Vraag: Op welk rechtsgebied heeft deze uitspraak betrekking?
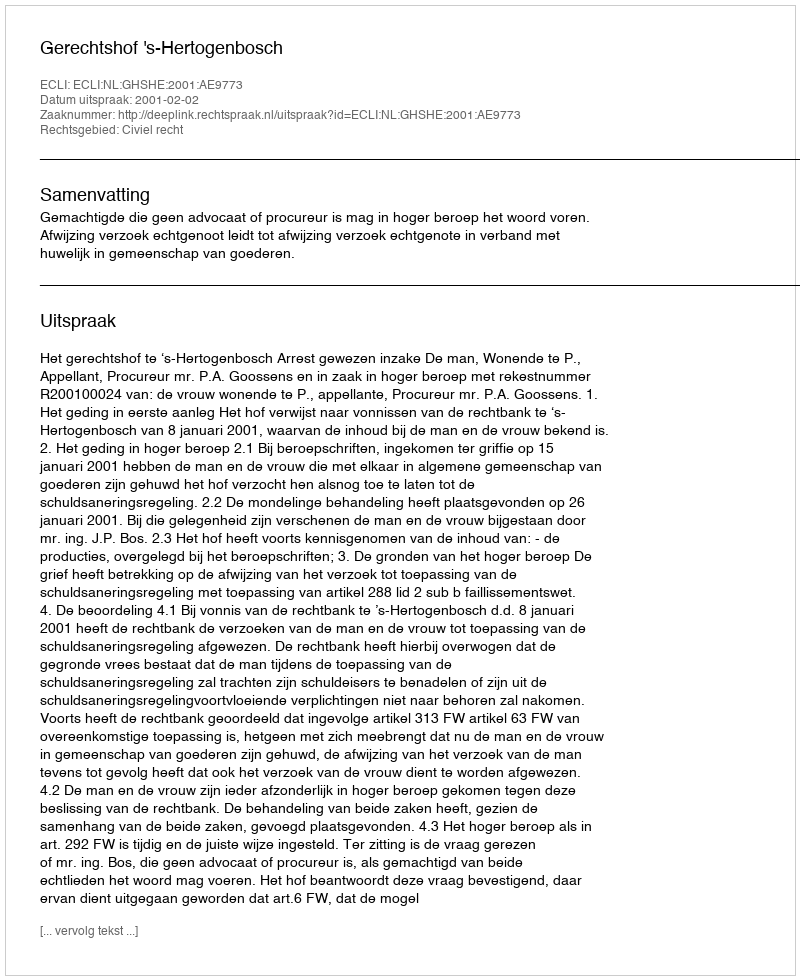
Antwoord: Civiel recht